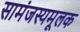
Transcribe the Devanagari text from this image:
सामंजस्यमूलक